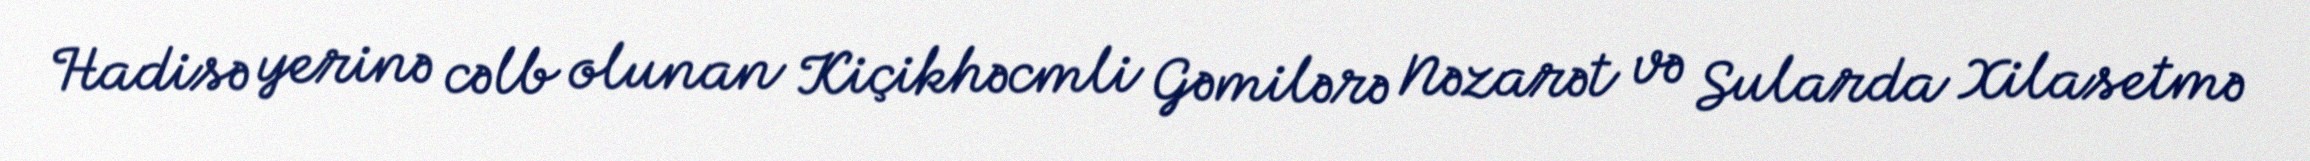
Hadisə yerinə cəlb olunan Kiçikhəcmli Gəmilərə Nəzarət və Sularda Xilasetmə